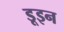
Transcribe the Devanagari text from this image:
डूइन